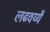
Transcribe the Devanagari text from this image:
लढवय्यै